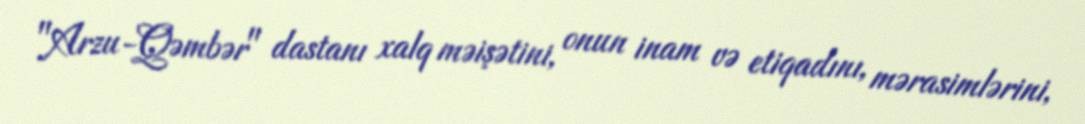
"Arzu-Qəmbər" dastanı xalq məişətini, onun inam və etiqadını, mərasimlərini,